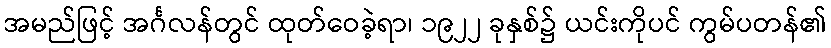
အမည်ဖြင့် အင်္ဂလန်တွင် ထုတ်ဝေခဲ့ရာ၊ ၁၉၂၂ ခုနှစ်၌ ယင်းကိုပင် ကွမ်ပတန်၏